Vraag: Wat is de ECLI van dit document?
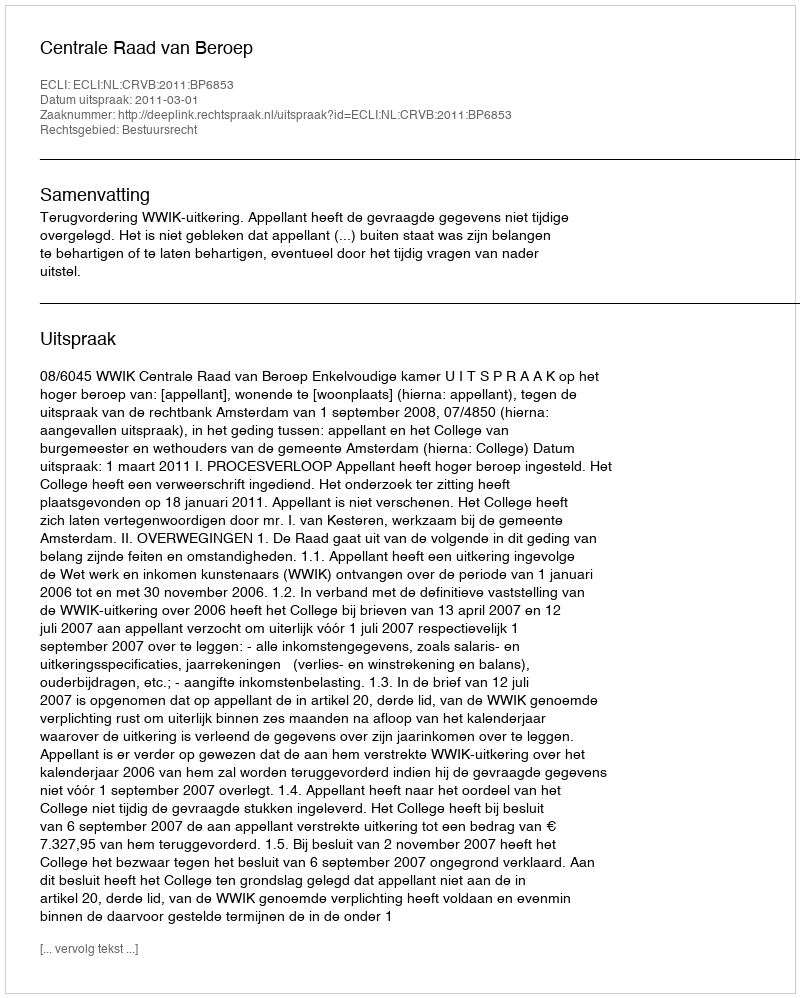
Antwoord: ECLI:NL:CRVB:2011:BP6853